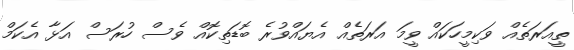
ތީއަރަތެއް ވަކިމީހަކައް ވީމަ އަރަތެއް އެޔައްވުރެ ބޮޑަތިކޮއް ވެސް ހުރަސް އަޅާ އެކަމް